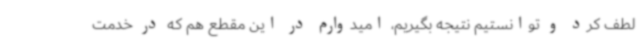
لطف کرد و توانستیم نتیجه بگیریم، امیدوارم در این مقطع هم که در خدمت